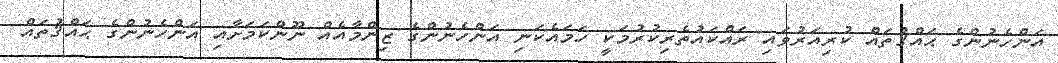
އަންހެނުންގެެ ޙައްޤުތައް ކުރިއަރުވައި ރައްކައުތެރިކުރުމަކީ ހަމައެކަނި އަންހެނުންގެ ޒިންމާއެއް ނޫންކަމަށާއި އަންހެނުންގެ ޙައްޤުތައް